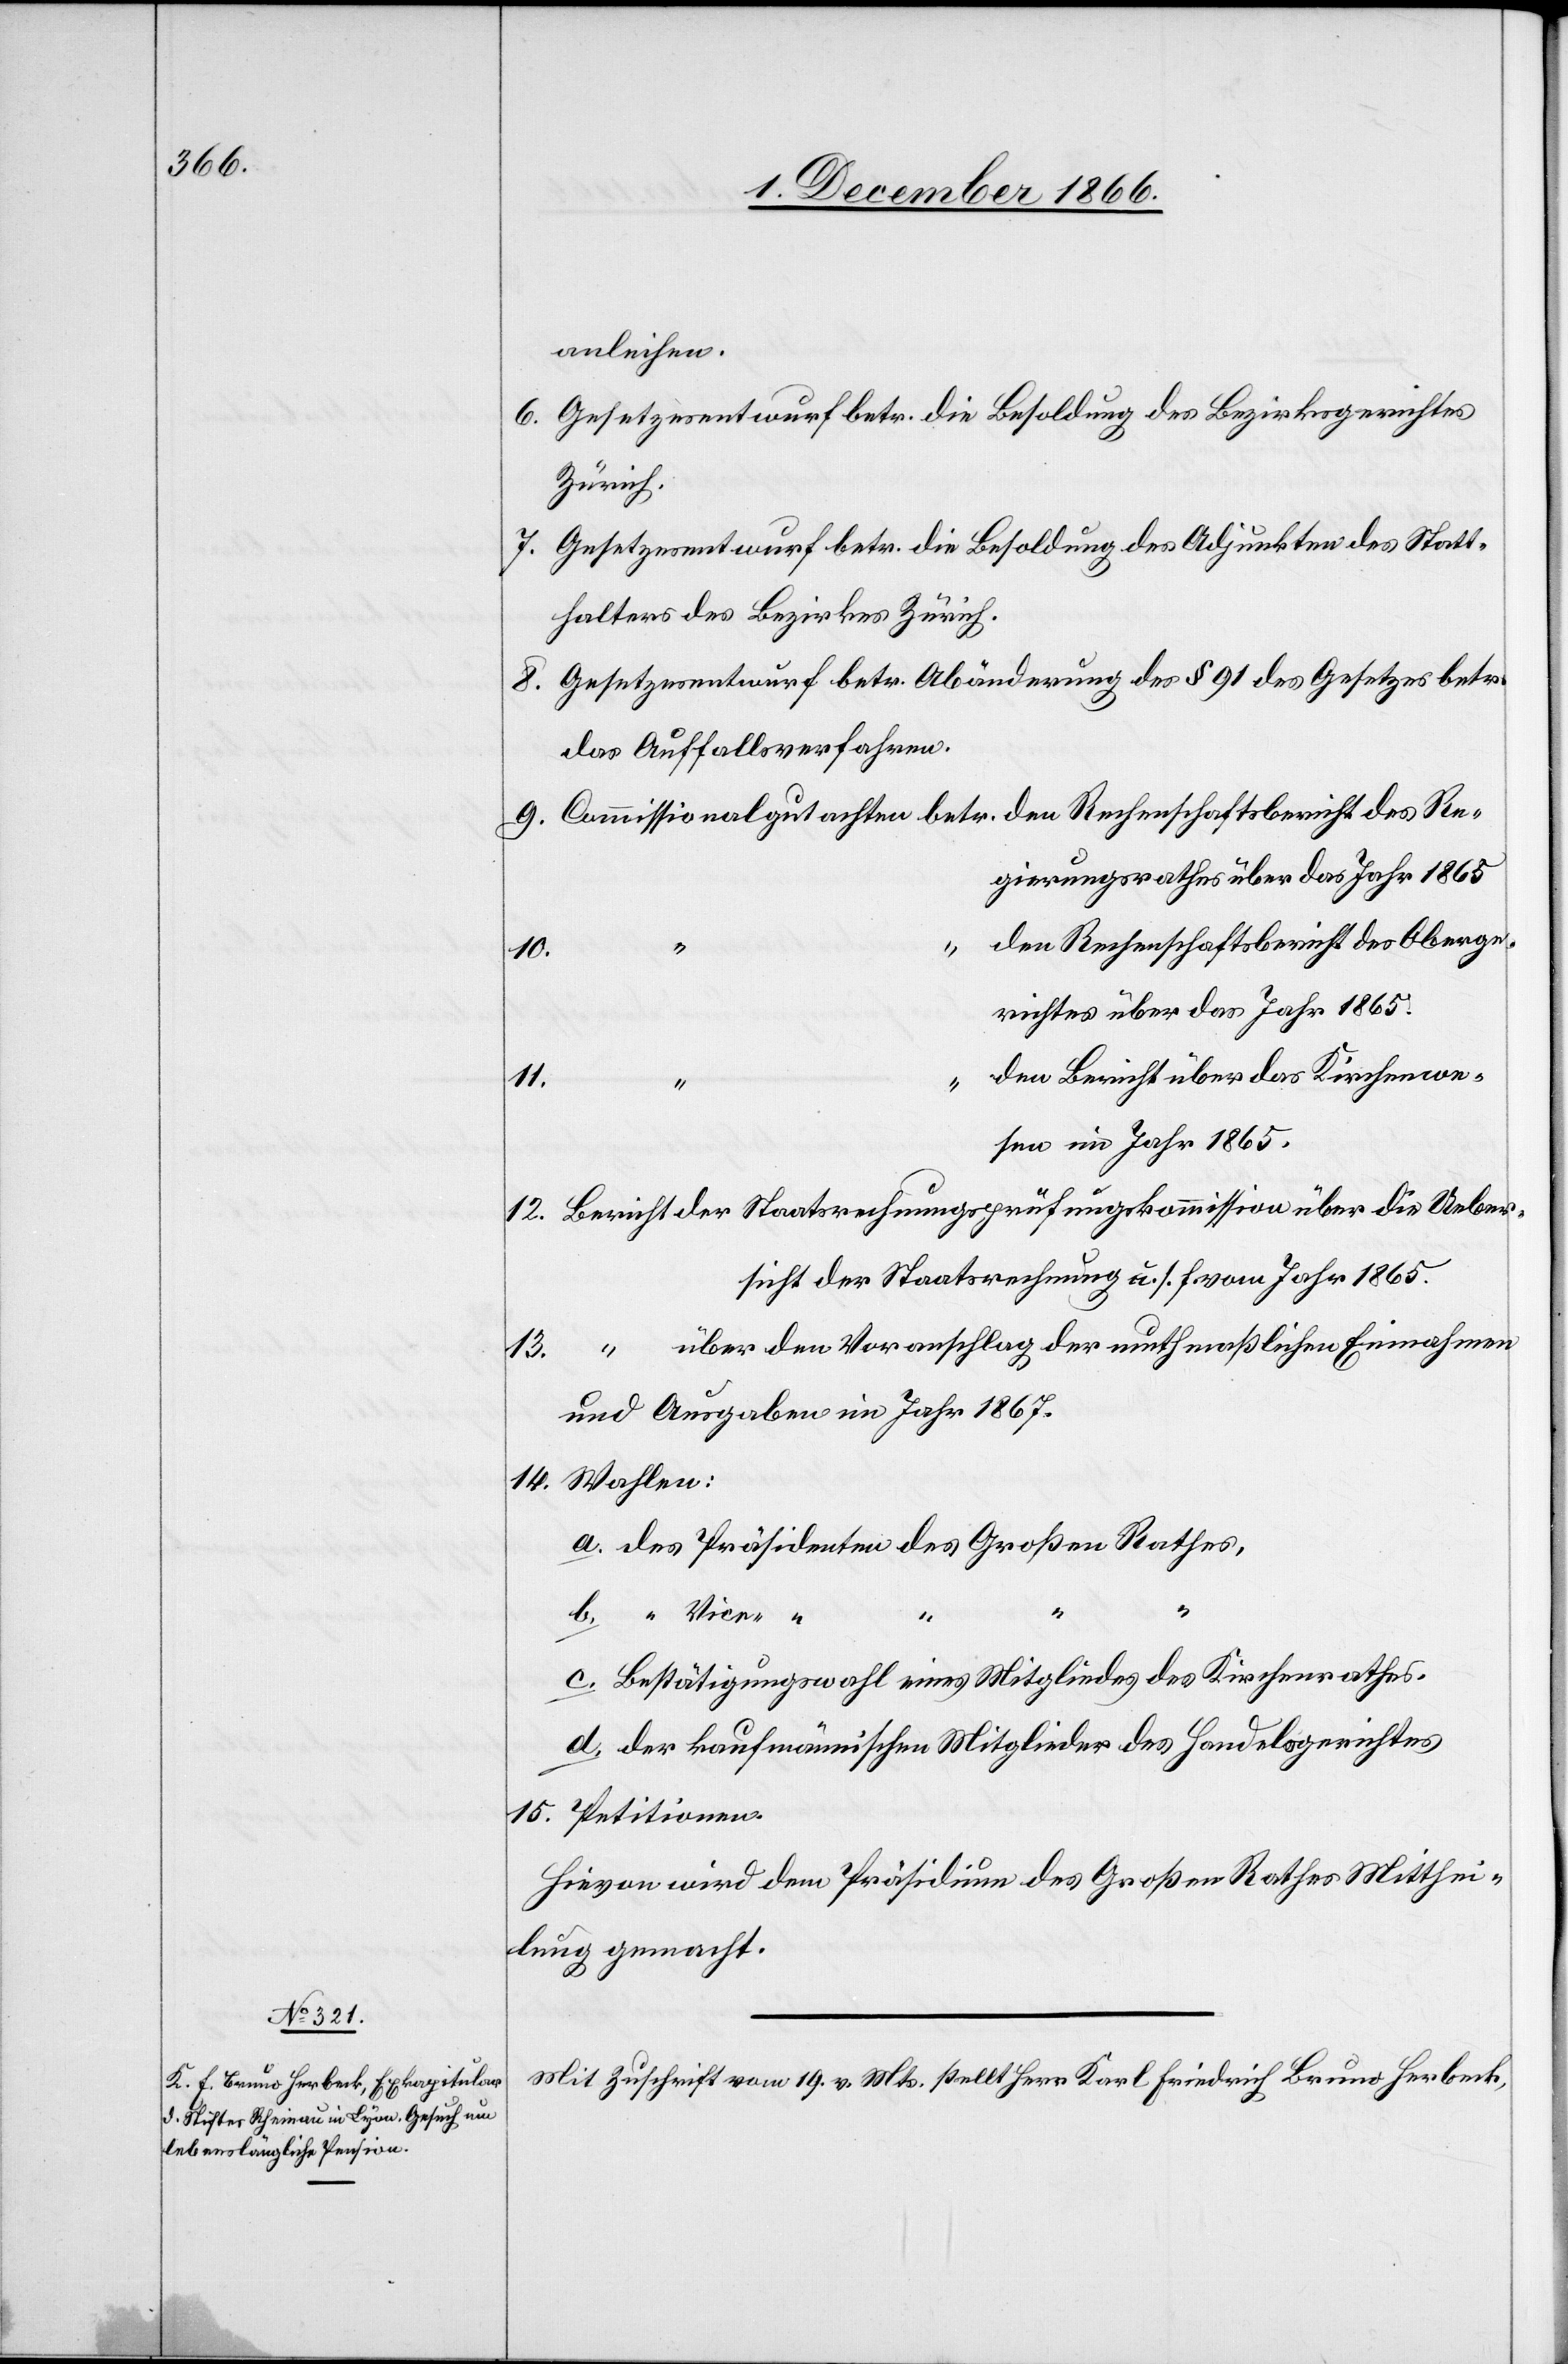
anleihen.
Gesetzesentwurf betr. die Besoldung des Bezirksgerichtes
[Berich¬
Gesetzesentwurf betr. die Besoldung des Adjunkten des Statt¬
halters des Bezirkes Zürich.
Gesetzesentwurf betr. Abänderung des § 91 des Gesetzes betr.
das Auffallsverfahren.
gierungsrathes über das Jahr 1865
den Rechenschaftsbericht des Oberge¬
15.
14.
richtes über das Jahr 1865.
den Bericht über das Kirchenwe¬
11.
sen im Jahr 1865.
Bericht der Staatsrechnungsprüfungskommission über die Ueber¬
sicht der Staatsrechnung u. s. f. vom Jahr 1865.
t] über den Voranschlag der muthmaßlichen Einnahmen
und Ausgaben im Jahr 1867.
des Präsidenten des Großen Rathes,
Bestätigungswahl eines Mitgliedes des Kirchenrathes.
der kaufmännischen Mitglieder des Handelsgerichtes.
Hievon wird dem Präsidium des Großen Rathes Mitthei¬
lung gemacht.
Mit Zuschrift vom 19. v. Mts. stellt Herr Karl Friedrich Bruno Herbeck,